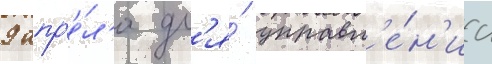
9 апр'е́л'я дл'я́ управл'е́н'иа